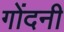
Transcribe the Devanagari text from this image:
गोंदनी